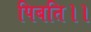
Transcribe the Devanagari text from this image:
पिबति।।